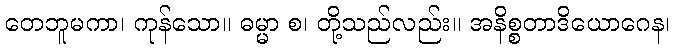
တေဘူမကာ၊ ကုန်သော။ ဓမ္မာ စ၊ တို့သည်လည်း။ အနိစ္စတာဒိယောဂေန၊